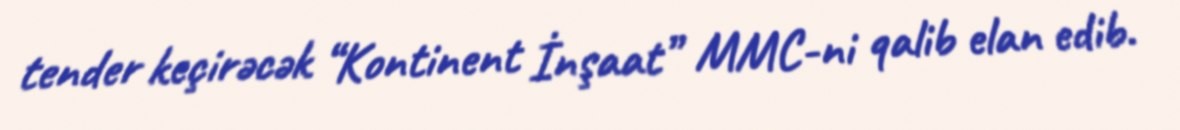
tender keçirəcək “Kontinent İnşaat” MMC-ni qalib elan edib.